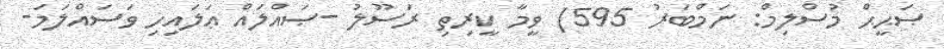
ޞަޙީޙް މުސްލިމް: ނަމްބަރު 595) ވީމާ ކީރިތި ރަސޫލު -ޞައްލައް ޢަލައިހި ވަސައްލަމަ-